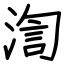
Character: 渹